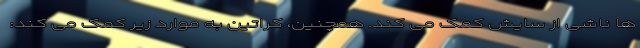
ها ناشی از سایش کمک می کند. همچنین، کراتین به موارد زیر کمک می کند: